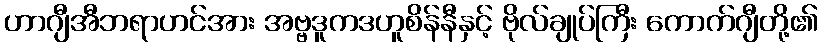
ဟာဂျီအီဘရာဟင်အား အဗ္ဗဒူကဒဟူစိန်နီနှင့် ဗိုလ်ချုပ်ကြီး ကောက်ဂျီတို့၏